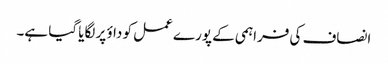
انصاف کی فراہمی کے پورے عمل کو داؤ پر لگایا گیا ہے۔